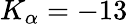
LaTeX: K_{\alpha}=-13